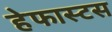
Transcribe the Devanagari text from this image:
हेफास्टस